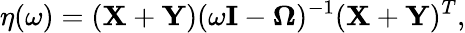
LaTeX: \eta(\omega)=(\mathbf{X}+\mathbf{Y})(\omega\mathbf{I}-\mathbf{\Omega})^{-1}(\mathbf{X}+\mathbf{Y})^{T},